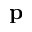
\mathbf { p }